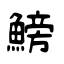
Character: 鰟